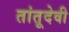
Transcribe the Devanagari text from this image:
तांतूदेवी